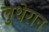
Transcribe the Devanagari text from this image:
लुथेरान